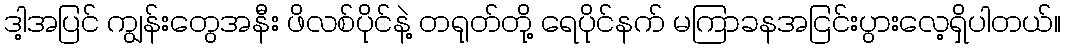
ဒါ့အပြင် ကျွန်းတွေအနီး ဖိလစ်ပိုင်နဲ့ တရုတ်တို့ ရေပိုင်နက် မကြာခနအငြင်းပွားလေ့ရှိပါတယ်။